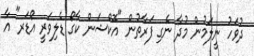
ދުވަހު ނީލަމުން މުދާ ނެގި ފަރާތުން "އޮކްޝަން ކާގޯ ޑެލިވަރީ އޯޑަރ" އާ